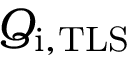
Q _ { \mathrm { i , T L S } }